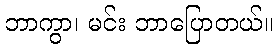
ဘာကွာ၊ မင်း ဘာပြောတယ်။